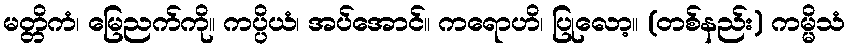
မတ္တိကံ၊ မြေညက်ကို။ ကပ္ပိယံ၊ အပ်အောင်။ ကရောဟိ၊ ပြုလော့။ (တစ်နည်း) ကမ္မိသံ